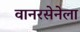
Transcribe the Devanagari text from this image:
वानरसेनेला